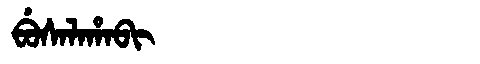
Manchu: ᠪᡠᠰᠠᠯᠠᡥᠠᠪᡳ
Romanization: BUSALAHABI